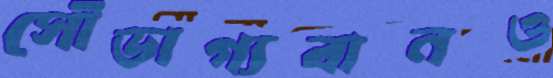
সৌভাগ্যবানও